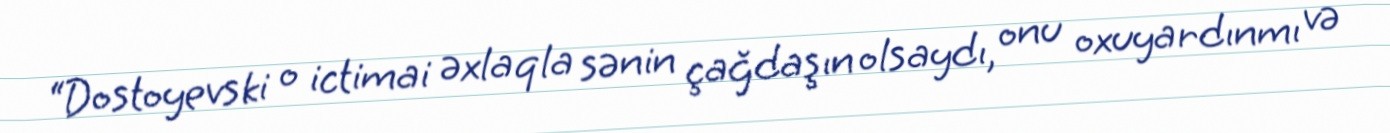
“Dostoyevski o ictimai əxlaqla sənin çağdaşın olsaydı, onu oxuyardınmı və